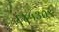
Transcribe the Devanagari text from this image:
६४५३०९